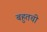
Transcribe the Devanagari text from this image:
बहुतची